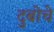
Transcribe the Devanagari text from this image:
दुबोचे